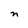
Character: n